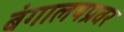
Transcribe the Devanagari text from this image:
बंगालयप्रवर